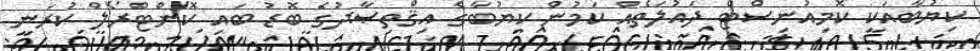
ކިޔުބާއަކީ ކޮމިއުނިސްޓް ދައުލަތެއް ކަމުން ކިޔުބާގެ އިޤްތިޞާދުގެ ބޮޑު ބައި ކޮންޓްރޯލް ކުރަނީ